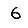
Digit: 6